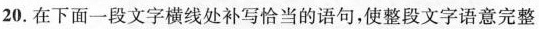
20.在下面一段文字横线处补写恰当的语句，使整段文字语意完整